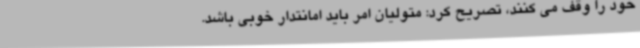
خود را وقف می کنند، تصریح کرد: متولیان امر باید امانتدار خوبی باشد.